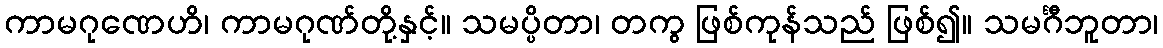
ကာမဂုဏေဟိ၊ ကာမဂုဏ်တို့နှင့်။ သမပ္ပိတာ၊ တကွ ဖြစ်ကုန်သည် ဖြစ်၍။ သမင်္ဂီဘူတာ၊